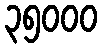
၃၅၀၀၀